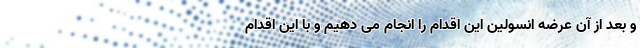
و بعد از آن عرضه انسولین این اقدام را انجام می دهیم و با این اقدام